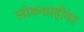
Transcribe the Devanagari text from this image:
लोकशाहीवर